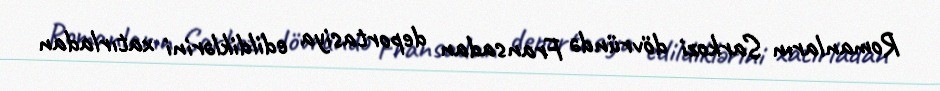
Romanların Sarkozi dövründə Fransadan deportasiya edildiklərini xatırladan